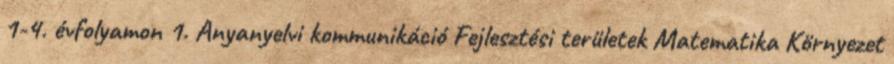
1-4. évfolyamon 1. Anyanyelvi kommunikáció Fejlesztési területek Matematika Környezet